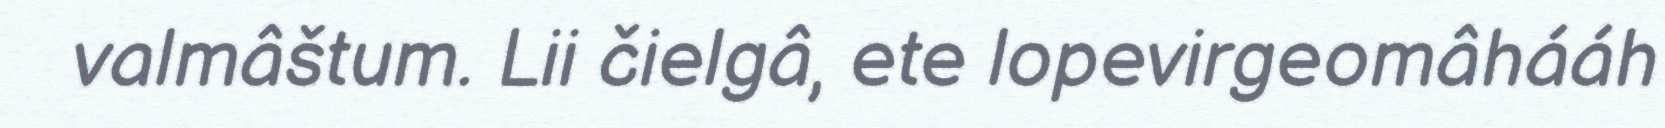
valmâštum. Lii čielgâ, ete lopevirgeomâhááh